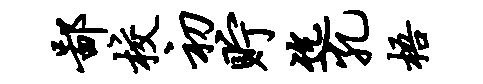
鄙校初贮迄孔梧